Statistical return of the lunatic asylum in Assam - 1912-1932
Year: 1912
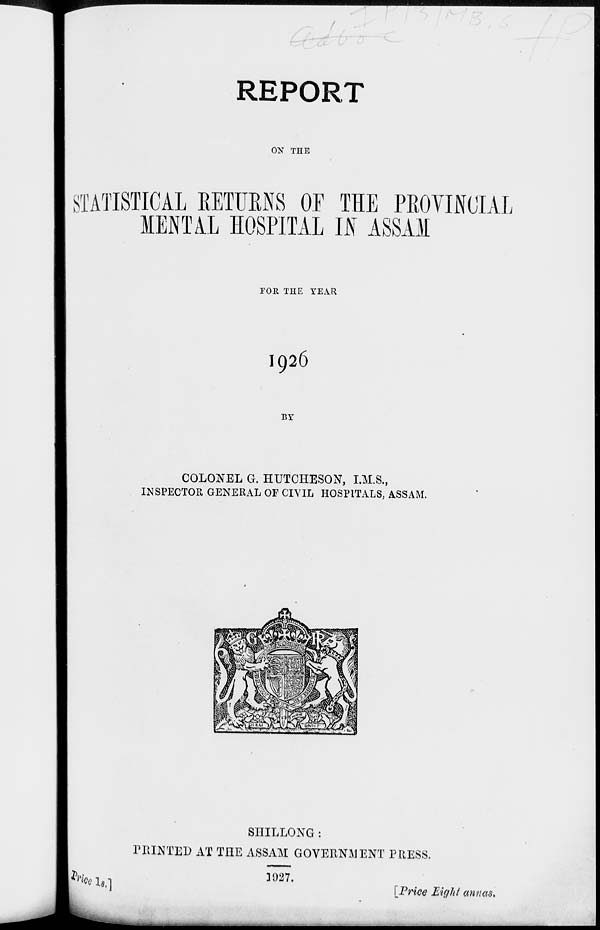
REPORT
ON THE
STATISTICAL RETURNS OF THE PROVINCIAL
MENTAL HOSPITAL IN ASSAM
TOR THE YEAR
I926
BY
COLONEL G. HUTCHESON, I.M.S.,
INSPECTOR GENERAL OF CIVIL HOSPITALS, ASSAM.
Uto
SIIILLONG :
PHINTED AT THE ASSAM GOVERNMENT PRESS.
He h,]
1927.
[Price Eight annas.